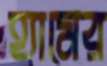
হ্যামের